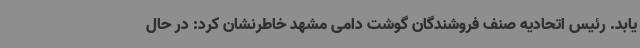
یابد. رئیس اتحادیه صنف فروشندگان گوشت دامی مشهد خاطرنشان کرد: در حال